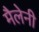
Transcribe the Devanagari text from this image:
मैलेनी